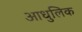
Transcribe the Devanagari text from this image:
आधुलिक